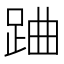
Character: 𨀪